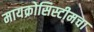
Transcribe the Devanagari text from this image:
मायक्रोसिस्टीमचा